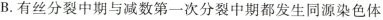
B.有丝分裂中期与减数第一次分裂中期都发生同源染色体